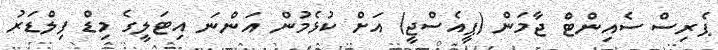
ޕެރިސް ސެއިންޓް ޖާމަން (ޕީއެސްޖީ) އަށް ކުޅެމުން އަންނަ އިޓަލީގެ މިޑް ފިލްޑަރު